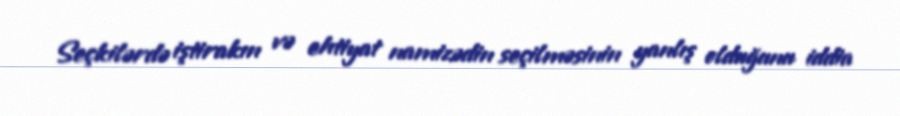
Seçkilərdə iştirakın və ehtiyat namizədin seçilməsinin yanlış olduğunu iddia